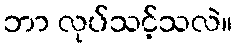
ဘာ လုပ်သင့်သလဲ။